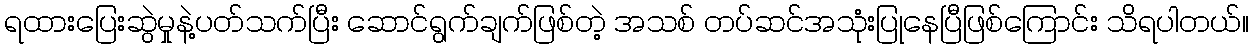
ရထားပြေးဆွဲမှုနဲ့ပတ်သက်ပြီး ဆောင်ရွက်ချက်ဖြစ်တဲ့ အသစ် တပ်ဆင်အသုံးပြုနေပြီဖြစ်ကြောင်း သိရပါတယ်။